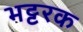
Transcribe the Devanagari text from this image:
भट्टरक